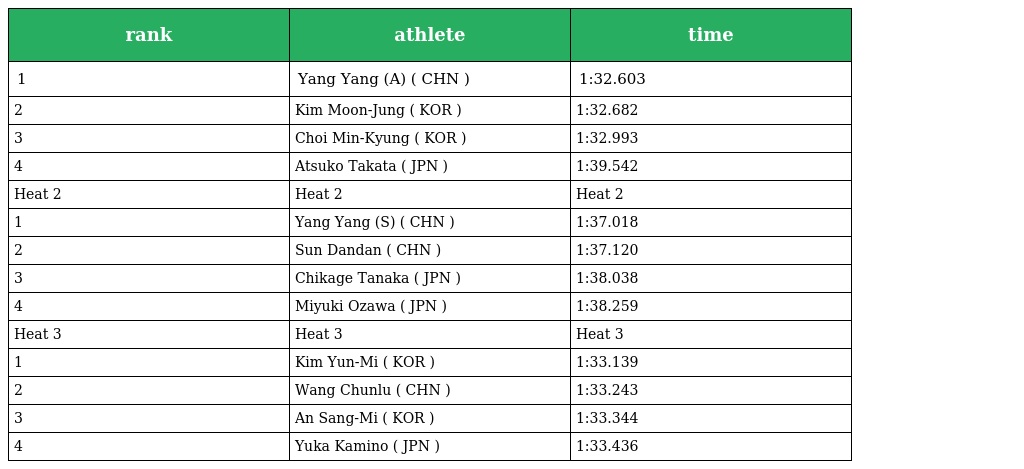
| rank | athlete | time |
 | --- | --- | --- |
 | 1 | Yang Yang (A) ( CHN ) | 1:32.603 |
 | 2 | Kim Moon-Jung ( KOR ) | 1:32.682 |
 | 3 | Choi Min-Kyung ( KOR ) | 1:32.993 |
 | 4 | Atsuko Takata ( JPN ) | 1:39.542 |
 | Heat 2 | Heat 2 | Heat 2 |
 | 1 | Yang Yang (S) ( CHN ) | 1:37.018 |
 | 2 | Sun Dandan ( CHN ) | 1:37.120 |
 | 3 | Chikage Tanaka ( JPN ) | 1:38.038 |
 | 4 | Miyuki Ozawa ( JPN ) | 1:38.259 |
 | Heat 3 | Heat 3 | Heat 3 |
 | 1 | Kim Yun-Mi ( KOR ) | 1:33.139 |
 | 2 | Wang Chunlu ( CHN ) | 1:33.243 |
 | 3 | An Sang-Mi ( KOR ) | 1:33.344 |
 | 4 | Yuka Kamino ( JPN ) | 1:33.436 |